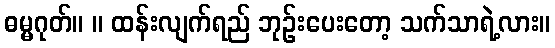
ဓမ္မဂုတ်။ ။ ထန်းလျက်ရည် ဘုဉ်းပေးတော့ သက်သာရဲ့လား။